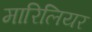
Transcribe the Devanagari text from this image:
मारिलियर